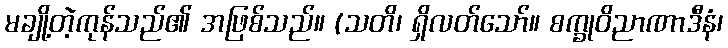
မချို့တဲ့ကုန်သည်၏ အဖြစ်သည်။ (သတိ၊ ရှိလတ်သော်။ စက္ခုဝိညာဏာဒီနံ၊